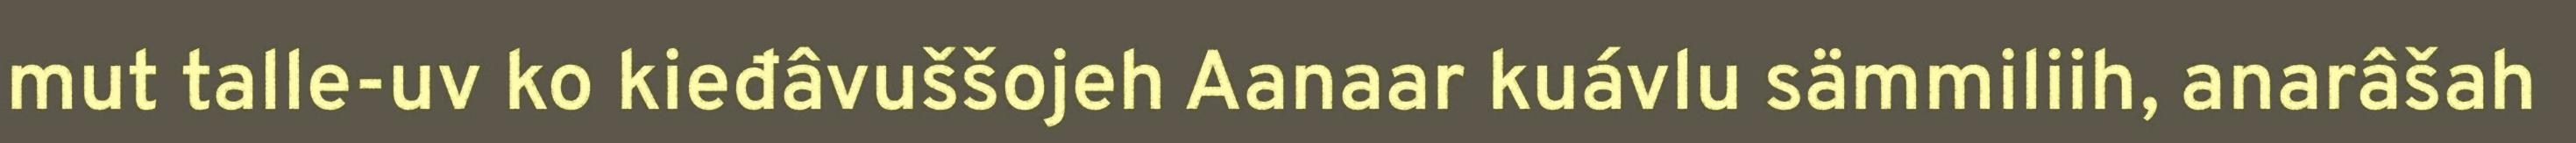
mut talle-uv ko kieđâvuššojeh Aanaar kuávlu sämmiliih, anarâšah